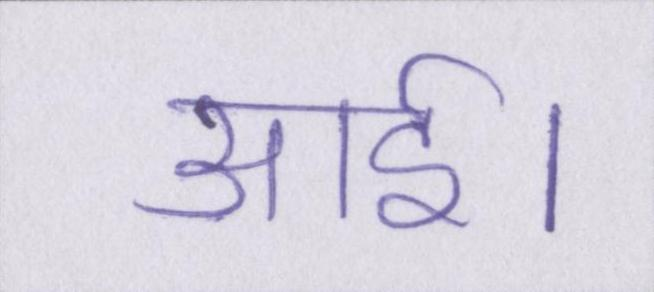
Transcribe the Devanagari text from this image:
आई।